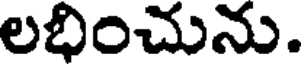
లభించును.